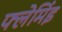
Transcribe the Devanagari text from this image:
फ्लेमिंइ